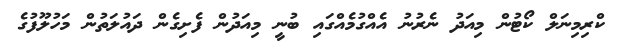
ކްރިމިނަލް ކޯޓުން މިއަދު ނެރުނު އެއްގުމެއްގައި ބުނީ މިއަދުން ފެށިގެން ދައުލަތުން މަހުލޫފުގެ